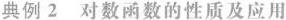
典例2 对数函数的性质及应用